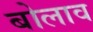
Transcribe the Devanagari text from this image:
बोलाव